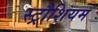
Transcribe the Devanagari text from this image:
स्ट्रौशियम